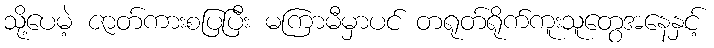
သို့ပေမဲ့ ဇာတ်ကားစပြပြီး မကြာမီမှာပင် တရုတ်ရိုက်ကူးသူတွေအနေနှင့်